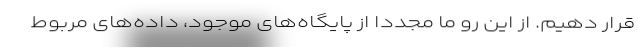
قرار دهیم. از این رو ما مجددا از پایگاه‌های موجود، داده‌های مربوط